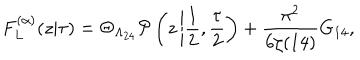
LaTeX: F _ { L } ^ { ( \alpha ) } ( z | \tau ) = \Theta _ { \Lambda _ { 2 4 } } { \cal P } \left( z \left| \frac { 1 } { 2 } , \frac { \tau } { 2 } \right. \right) + \frac { \pi ^ { 2 } } { 6 \zeta ( 1 4 ) } G _ { 1 4 } ,